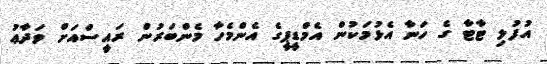
އުފުލި ޓާޓާ ގެ ހަނާ އެޅުމަކުން އެމްޑީޕީގެ އެންމެހާ މެންބަރުން ރައީސްއަށް ވަދާޢު